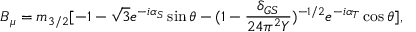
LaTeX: B _ { \mu } = m _ { 3 / 2 } [ - 1 - \sqrt { 3 } e ^ { - i \alpha _ { S } } \sin \theta - ( 1 - \frac { \delta _ { G S } } { 2 4 \pi ^ { 2 } Y } ) ^ { - 1 / 2 } e ^ { - i \alpha _ { T } } \cos \theta ] ,